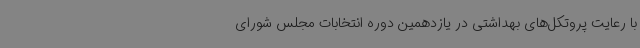
با رعایت پروتکل‌های بهداشتی در یازدهمین دوره انتخابات مجلس شورای